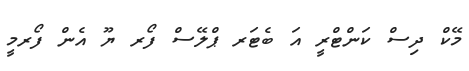
މޭކް ދިސް ކަންޓްރީ އަ ބެޓަރ ޕްލޭސް ފޯރ ޔޫ އެން ފޯރމީ